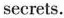
secrets.